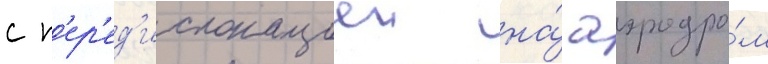
с п'ер'ед'ислокациеи на́ аэродро́м